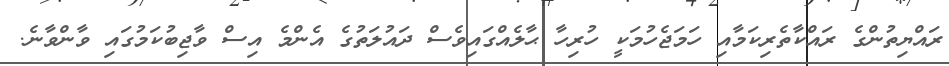
ރައްޔިތުންގެ ރައްކާތެރިކަމާއި ހަމަޖެހުމަކީ ހުރިހާ ޙާލެއްގައިވެސް ދައުލަތުގެ އެންމެ އިސް ވާޖިބުކަމުގައި ވާންވާނެ.